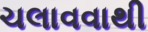
ચલાવવાથી